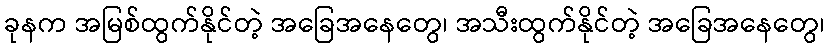
ခုနက အမြစ်ထွက်နိုင်တဲ့ အခြေအနေတွေ၊ အသီးထွက်နိုင်တဲ့ အခြေအနေတွေ၊